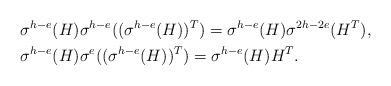
LaTeX: \begin{align*} & \sigma^{h-e}(H)\sigma^{h-e}((\sigma^{h-e}(H))^{T})=\sigma^{h-e}(H)\sigma^{2h-2e}(H^T), \\ & \sigma^{h-e}(H)\sigma^{e}((\sigma^{h-e}(H))^{T})=\sigma^{h-e}(H)H^T. \end{align*}